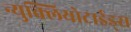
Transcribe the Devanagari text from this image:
न्युक्लियोटाईड्स